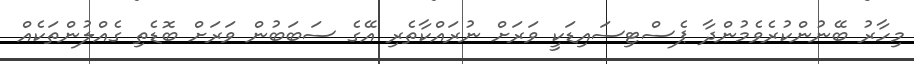
މިހާރު ބޭނުންކުރެވެމުންދާ ޕެސްޓިސައިޑަކީ ވަރަށް ނުރައްކާތެރި އޭގެ ސަބަބުން ވަރަށް ބޮޑެތި ގެއްލުންތަކެއް